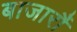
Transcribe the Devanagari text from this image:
बाजारौं